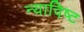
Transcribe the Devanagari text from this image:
न्याविष्ट